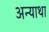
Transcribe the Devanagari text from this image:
अन्याथा